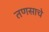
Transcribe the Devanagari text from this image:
तणसाचे